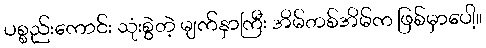
ပစ္စည်းကောင်း သုံးစွဲတဲ့ မျက်နှာကြီး အိမ်တစ်အိမ်က ဖြစ်မှာပေါ့။